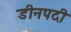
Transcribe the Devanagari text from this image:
डीनपदी